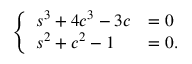
\left\{ \begin{array} { l l } { s ^ { 3 } + 4 c ^ { 3 } - 3 c } & { = 0 } \\ { s ^ { 2 } + c ^ { 2 } - 1 } & { = 0 . } \end{array} \right.